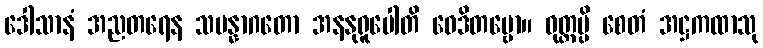
ဒေါသာနံ အညတရေန သမန္နာဂတော အနနုရူပေါတိ ဝေဒိတဗ္ဗော။ ဝုတ္တမ္ပိ စေတံ အဋ္ဌကထာသု